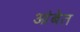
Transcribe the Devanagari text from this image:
आंबेत